Punjab Mental Hospital Lahore 1922-31 - 1922-1931
Year: 1922
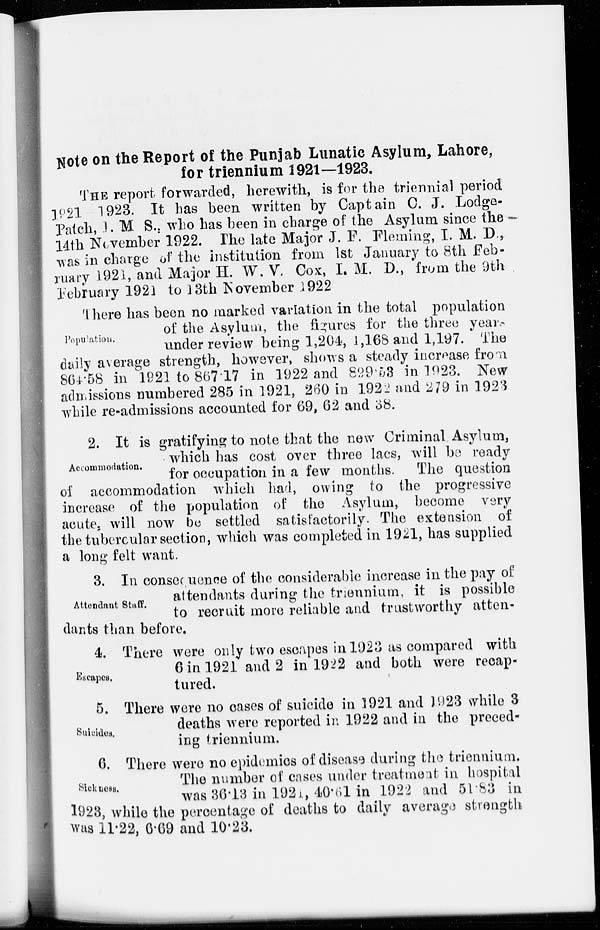
Note on the Report of the Punjab Lunatic Asylum, Lahore,
for triennium 1921—1923.
THE report forwarded, herewith, is for the triennial period
1921 1923. It has been written by Captain C. J. Lodge-
Patch, I. M S., who has been in charge of the Asylum since the-
14th November 1922. The late Major J. F. Fleming, I. M. D.,
was in charge of the institution from 1st January to 8th Feb-
ruary 1921, and Major H. W. V. Cox, I. M. D., from the 9th
February 1921 to 13th November 1922
Population.
There has been no marked variation in the total population
of the Asylum, the figures for the three years
under review being 1,204, 1,168 and 1,197. The
daily average strength, however, shows a steady increase from
864.58 in 1921 to 867.17 in 1922 and 829.53 in 1923. New
admissions numbered 285 in 1921, 260 in 1922 and 279 in 1923
while re-admissions accounted for 69, 62 and 38.
Accommodation.
2. It is gratifying to note that the new Criminal Asylum,
which has cost over three lacs, will be ready
for occupation in a few months. The question
of accommodation which had, owing to the progressive
increase of the population of the Asylum, become very
acute, will now be settled satisfactorily. The extension of
the tubercular section, which was completed in 1921, has supplied
a long felt want.
Attendant Staff.
3. In consequence of the considerable increase in the pay of
attendants during the triennium, it is possible
to recruit more reliable and trustworthy atten-
dants than before.
Escapes.
4. There were only two escapes in 1923 as compared with
6 in 1921 and 2 in 1922 and both were recap-
tured.
Suicides.
5. There were no cases of suicide in 1921 and 1923 while 3
deaths were reported in 1922 and in the preced-
ing triennium.
Sickness.
6. There were no epidemics of disease during the triennium.
The number of cases under treatment in hospital
was 36.13 in 1921,40.61 in 1922 and 51.83 in
1923, while the percentage of deaths to daily average strength
was 11.22, 6.69 and 10.23.